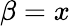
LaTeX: \beta=x